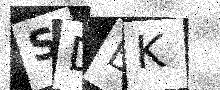
Text: SDBK